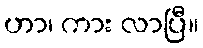
ဟာ၊ ကား လာပြီ။